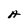
Character: A